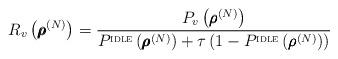
LaTeX: \begin{align*}R_v\left( \pmb{\rho}^{(N)} \right) = \frac{P_v\left( \pmb{\rho}^{(N)} \right)}{P^{\textsc{idle}} \left( \pmb{\rho}^{(N)} \right) + \tau \left (1 - P^{\textsc{idle}} \left( \pmb{\rho}^{(N)} \right) \right)}\end{align*}